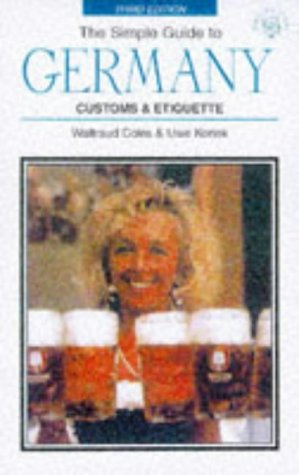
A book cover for SIMPLE GT GERMANY 3 ED.-PB-OP (Simple Guides Customs and Etiquette); Waltraud Coles; Travel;